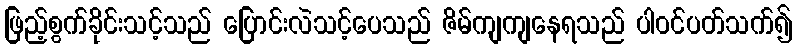
ဖြည့်စွက်ခိုင်းသင့်သည် ပြောင်းလဲသင့်ပေသည် ဇိမ်ကျကျနေရသည် ပါဝင်ပတ်သက်၍